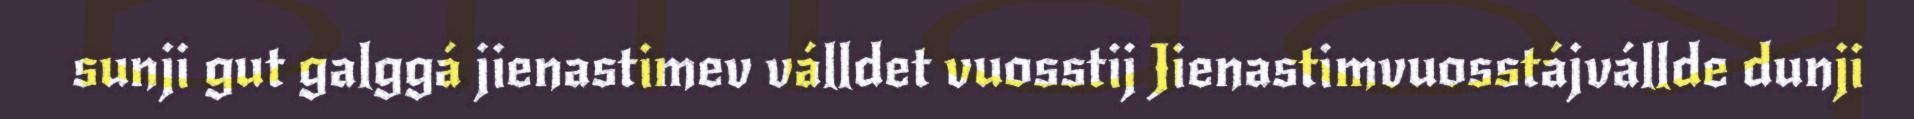
sunji gut galggá jienastimev válldet vuosstij Jienastimvuosstájvállde dunji